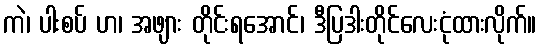
ကဲ၊ ပါးစပ် ဟ၊ အဖျား တိုင်းရအောင်၊ ဒီပြဒါးတိုင်လေးငုံထားလိုက်။